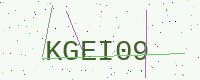
Text: KGEI09